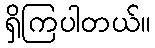
ရှိကြပါတယ်။